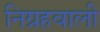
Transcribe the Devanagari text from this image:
निग्रहवाली